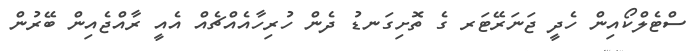
ސްޓެލްކޯއިން ހެދީ ޖަނަރޭޓަރ ގެ ތޮށިގަނޑު ދެން ހުރިހާއެއްޗެއް އެއީ ރާއްޖެއިން ބޭރުން